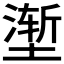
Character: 𰊢